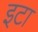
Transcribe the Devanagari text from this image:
इटा